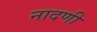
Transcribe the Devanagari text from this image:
नादणी